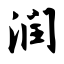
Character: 润